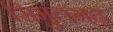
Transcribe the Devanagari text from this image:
सिमुलगढ़